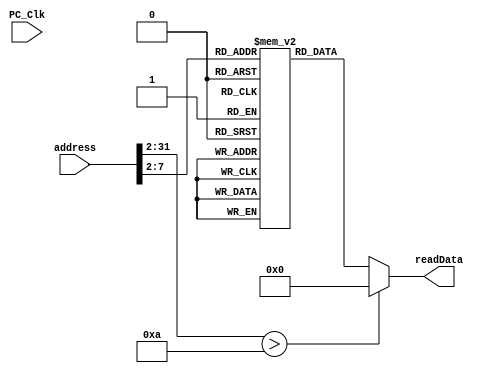
`timescale 1ns / 1ps
//////////////////////////////////////////////////////////////////////////////////
// Company: 
// Engineer: 
// 
// Design Name: 
// Module Name: instMemory
// Project Name: 
// Target Devices: 
// Tool Versions: 
// Description: 
// 
// Dependencies: 
// 
// Revision:
// Revision 0.01 - File Created
// Additional Comments:
// 
//////////////////////////////////////////////////////////////////////////////////


module instMemory(
        input PC_Clk,
        input [31:0] address,
        output [31:0] readData
    );
    reg [31:0] memFile[0:63];
    integer i;
    initial begin
        //$readmemb("D:/Archlab/lab05/lab05.srcs/instruction",memFile);
        for(i = 0; i <= 63; i = i + 1)
            memFile[i] = 0;
        //test cases
        /*
        memFile[0] = 32'b10001100011000010000000000000000;  //lw $1, 0($3)
        memFile[1] = 32'b10001100011000100000000000000100;   //lw $2  4($3)
        memFile[2] = 32'b000000_00001_00010_00001_00000_100010; //  sub $1, $1 - $2
        memFile[3] = 32'b000100_00011_00001_0000000000000001;  //beq $1,$3,1
        memFile[4] = 32'b00001000000000000000000000000000; //j 0
        memFile[6] = 32'b101011_00011_00001_0000000000001000;//sw $1, 8($3)predictor*/
        //memFile[0] = 32'b10101100011010000000000000001000; //sw $8, 8($3)
        
        //$readmemb("E:/Archlab/lab06/instruction.txt",memFile);
        
        memFile[0] = 32'b10001100011000010000000000000000;  //lw $1, 0($3)
        memFile[1] = 32'b10001100011000100000000000000100;  //lw $2, 4($3)
        memFile[2] = 32'b00000000000000100010000001000010;
        memFile[3] = 32'b00000000000001000010100001000000;
        memFile[4] = 32'b00010000010001010000000000000001;
        memFile[5] = 32'b00000001000000010100000000100000;
        memFile[6] = 32'b00000000000000100001000001000010;
        memFile[7] = 32'b00000000000000010000100001000000;
        memFile[8] = 32'b00010000011000100000000000000001;
        memFile[9] = 32'b00001000000000000000000000000010;
        memFile[10] = 32'b10101100011010000000000000001000;
        
        //memFile[0] = 32'b000101_00000_00001_00000_00000_000100;//4 + 4 * 4 BNE $0,$1 $00STALL
        
        //memFile[0] = 32'b000101_00011_00001_00000_00000_000100;//4 + 4 * 4 BNE $0,$1 BNE
        //memFile[0] = 32'b000000_00001_00010_00001_00000_000100;//sllv $1,$2,$1 Rtype
        
        //memFile[0] = 32'b10001100011000010000000000000000;  //lw $1, 0($3)
        //memFile[1] = 32'b10001100011000100000000000000000;  //lw $2, 0($3)
        //memFile[2] = 32'b00010000010000010000000000000010;  //2
        /*
        
        memFile[0] = 32'b10001100011000010000000000000000;  //lw $1, 0($3)
        memFile[1] = 32'b10001100011000100000000000000100   //lw $2  4($3)
        memFile[2] = 32'b000000_00001_00010_00001_00000_100010 //  sub $1, $1 - $2
        memFile[3] = 32'b000100_00011_00001_0000000000000001;  //beq $1,$3,1
        memFile[4] = 32'b00001000000000000000000000000010; //j 8
        memFile[12] = 32'b101011_00011_00001_0000000000001000;//sw $1, 8($3)
        
        memFile[1] = 32'b000000_00011_00010_00001_00000_100010;//sub b000000_00011_00010_00001_00000_100010
        */
        /*
        memFile[0] = 32'b00001000000000000000000000000001; //j 4
        memFile[1] = 32'b00001000000000000000000000000010;
        memFile[2] = 32'b10001100011000010000000000000000;  //lw $1, 0($3)
        memFile[3] = 32'b10001100011000100000000000000100;  //lw $2, 4($3)
        memFile[4] = 32'b00000000000000100010000001000010;  //use after load
        memFile[5] = 32'b00000000000001000010100001000000;  //sll
        memFile[6] = 32'b00010000010001010000000000000001;  //beq $5,$2,1
        memFile[7] = 32'b00000001000000010100000000100000;
        memFile[8] = 32'b00000000000000100001000001000010;
        memFile[9] = 32'b00000000000000010000100001000000;
        memFile[10] = 32'b00010000011000100000000000000001;
        memFile[11] = 32'b00001000000000000000000000000100; //j 4
        memFile[12] = 32'b10101100011010000000000000001000; */
        /*
        //forwarding
        memFile[0] = 32'b00001000000000000000000000000001;
        memFile[1] = 32'b00001000000000000000000000000010;   //jump 8 ! do sub jump
        //memFile[0] = 32'b000100_00001_00010_00000_00000_000010;//0+4+8
        memFile[2] = 32'b10001100011000100000000000000011;  //lw $2, 3($3)
        memFile[3] = 32'b000000_00011_00010_00001_00000_100000; //add 1 <- $2,$3
        //memFile[3] = 32'b000000_00001_00010_00011_00000_100000; //add 3 <- $1,$2
        memFile[4] = 32'b000000_00011_00010_00001_00000_100110; //xor XOR
        memFile[5] = 32'b000000_00011_00010_00001_00000_100101; //or
        */
            /*
        memFile[0] = 32'b000000_00011_00010_00001_00000_100000;// add $1 <- $2,$3 b000000_00011_00010_00001_00000_100000
        memFile[1] = 32'b000000_00011_00010_00001_00000_100010;//sub b000000_00011_00010_00001_00000_100010
        memFile[2] = 32'b000000_00011_00010_00001_00000_100100;//and
        memFile[3] = 32'b000000_00011_00010_00001_00000_100101;//or
        memFile[4] = 32'b000000_00011_00010_00001_00000_100110;//xor b000000_00011_00010_00001_00000_100110
        memFile[5] = 32'b000000_00011_00010_00001_00000_101010;//slt
        memFile[6] = 32'b101011_00011_00010_00000_00000_001010;//sw $2,10($3) 
        memFile[7] = 32'b100011_00011_00001_00000_00000_001010;//lw $1,10($3)
        */
        /*
        1
        00000000011000100000100000100000
        00000000011000100000100000100010
        00000000011000100000100000100100
        00000000011000100000100000100101
        00000000011000100000100000100110
        00000000011000100000100000101010
        10101100011000100000000000001010
        10001100011000010000000000001010
        */
        //memFile[8] = 
    end
    assign readData = ((address >> 2) > 10) ? 32'b0 : memFile[(address >> 2)];//here !!!!!
endmodule